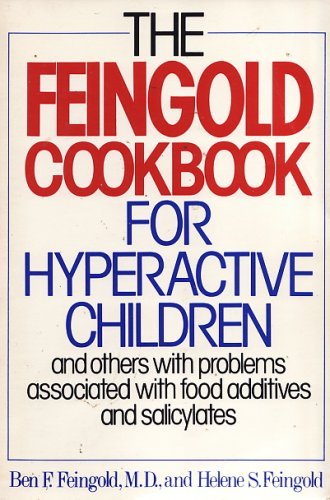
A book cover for The Feingold Cookbook for Hyperactive Children; Ben Feingold; Health, Fitness & Dieting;